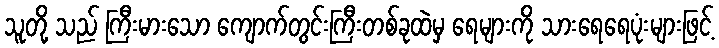
သူတို့ သည် ကြီးမားသော ကျောက်တွင်းကြီးတစ်ခုထဲမှ ရေများကို သားရေရေပုံးများဖြင့်